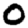
Digit: 0